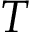
T